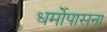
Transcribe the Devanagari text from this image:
धर्मोपासना